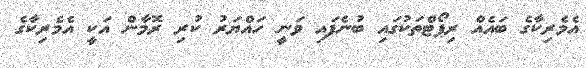
އެމެރިކާގެ ބައެއް ރިޕޯޓްތަކުގައި ބުނެފައި ވަނީ ހައްޔަރު ކުރި ރޮމާން އަކީ އެމެރިކާގެ